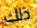
ذلك